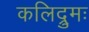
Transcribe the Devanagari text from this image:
कलिद्रुमः